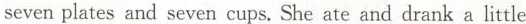
seven plates and seven cups. She ate and drank a little